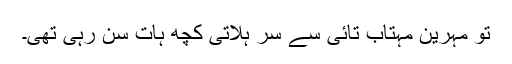
تو مہرین مہتاب تائی سے سر ہلاتی کچھ ہات سن رہی تھی۔